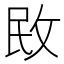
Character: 敃